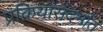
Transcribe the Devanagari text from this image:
प्रक्रियांसंदर्भात